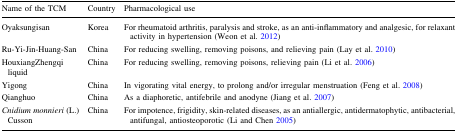
<table><thead><tr><td><b>Name of the TCM</b></td><td><b>Country</b></td><td><b>Pharmacological use</b></td></tr></thead><tbody><tr><td>Oyaksungisan</td><td>Korea</td><td>For rheumatoid arthritis, paralysis and stroke, as an anti-inflammatory and analgesic, for relaxant activity in hypertension (Weon et al. 2012)</td></tr><tr><td>Ru-Yi-Jin-Huang-San</td><td>China</td><td>For reducing swelling, removing poisons, and relieving pain (Lay et al. 2010)</td></tr><tr><td>HouxiangZhengqi liquid</td><td>China</td><td>For reducing swelling, removing poisons, relieving pain (Li et al. 2006)</td></tr><tr><td>Yigong</td><td>China</td><td>In vigorating vital energy, to prolong and/or irregular menstruation (Feng et al. 2008)</td></tr><tr><td>Qianghuo</td><td>China</td><td>As a diaphoretic, antifebrile and anodyne (Jiang et al. 2007)</td></tr><tr><td><i>Cnidium monnieri</i> (L.) Cusson</td><td>China</td><td>For impotence, frigidity, skin-related diseases, as an antiallergic, antidermatophytic, antibacterial, antifungal, antiosteoporotic (Li and Chen 2005)</td></tr></tbody></table>